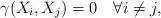
LaTeX: \begin{align*} \gamma(X_i,X_j)=0 \quad\forall i\neq j, \end{align*}